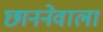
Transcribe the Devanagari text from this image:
छाननेवाला